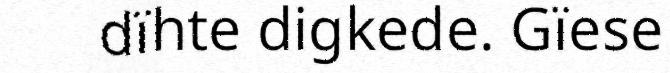
dïhte digkede. Gïese